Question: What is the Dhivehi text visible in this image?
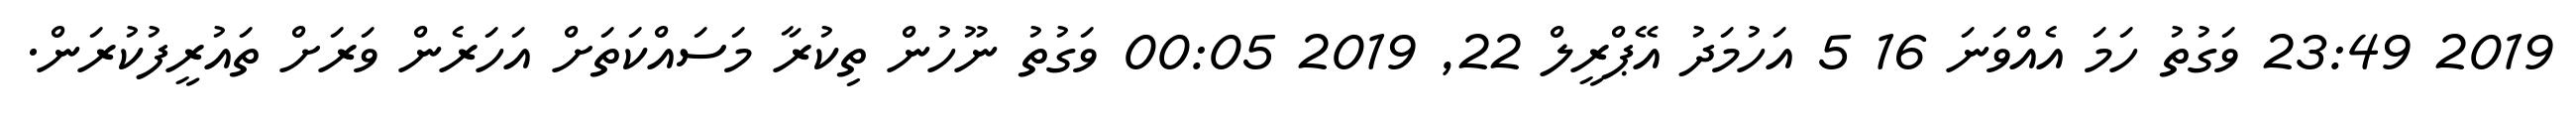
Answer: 2019 23:49 ވަގުތު ހަމަ އެއްވަނަ 16 5 އަހުމަދު އޭޕްރީލް 22, 2019 00:05 ވަގުތު ނޫހުން ތިކުރާ މަސައްކަތަށް އަހަރެން ވަރަށް ތައުރީފުކުރަން.